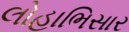
લોહાભિસાર